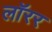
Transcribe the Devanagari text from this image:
लॉरर